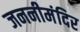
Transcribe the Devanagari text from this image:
जननीमंदिर